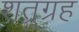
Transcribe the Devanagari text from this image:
शत्रुग्रह